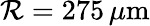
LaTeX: \mathcal{R}=275\, \mu\mathrm{{m}}